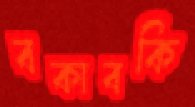
বকাবকি